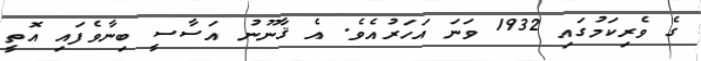
ގެ ވެރިކަމުގައި 1932 ވަނަ އަހަރުއެވެ. އެ ޤާނޫނު އަސާސީ ބިނާވެފައި އޮތީ